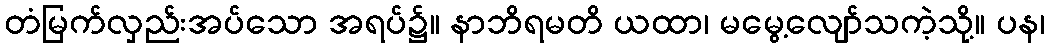
တံမြက်လှည်းအပ်သော အရပ်၌။ နာဘိရမတိ ယထာ၊ မမွေ့လျော်သကဲ့သို့။ ပန၊